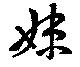
妹